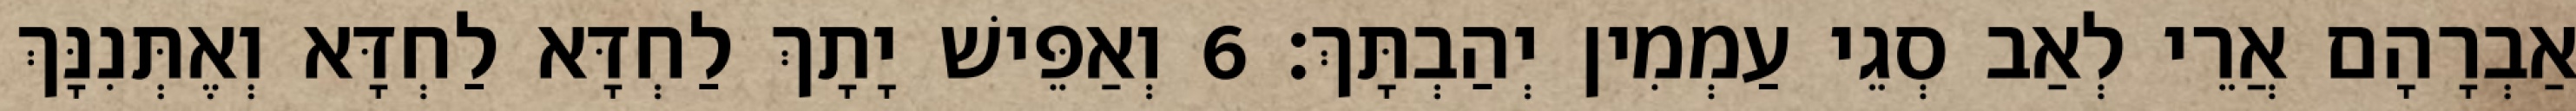
אַבְרָהָם אֲרֵי לְאַב סְגֵי עַמְמִין יְהַבְתָּךְ׃ 6 וְאַפֵּישׁ יָתָךְ לַחְדָּא לַחְדָּא וְאֶתְּנִנָּךְ